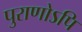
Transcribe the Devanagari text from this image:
पुराणोऽपि